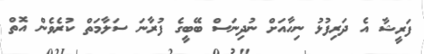
ފަރީޝާ އެ ދަރިފުޅު ނިހާއަށް ނުދިނަސް ބޭބީގެ ފުރާނަ ސަލާމަތް ކުރެވެން އޮތް